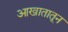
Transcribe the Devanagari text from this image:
आखातातून